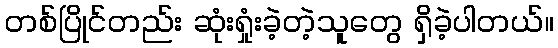
တစ်ပြိုင်တည်း ဆုံးရှုံးခဲ့တဲ့သူတွေ ရှိခဲ့ပါတယ်။